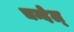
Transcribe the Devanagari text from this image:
चन्देल्